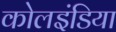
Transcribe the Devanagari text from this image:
कोलइंडिया